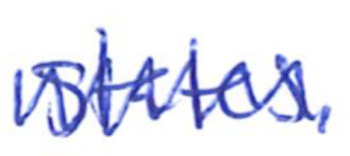
Text: States.
Cross-out: zig-zag
Writing tool: ballpoint